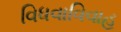
વિધવાવિવાહ